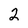
Character: 2